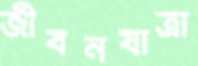
জীবনযাত্রা